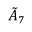
{ \tilde { A } } _ { 7 }